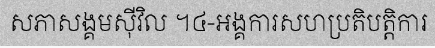
សភាសង្គមស៊ីវិល ។៤-អង្គការសហប្រតិបត្តិការ